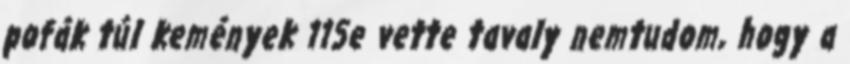
pofák túl kemények 115e vette tavaly nemtudom, hogy a